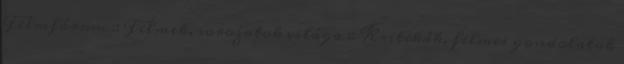
Filmfórum :: Filmek, sorozatok világa :: Kritikák, filmes gondolatok